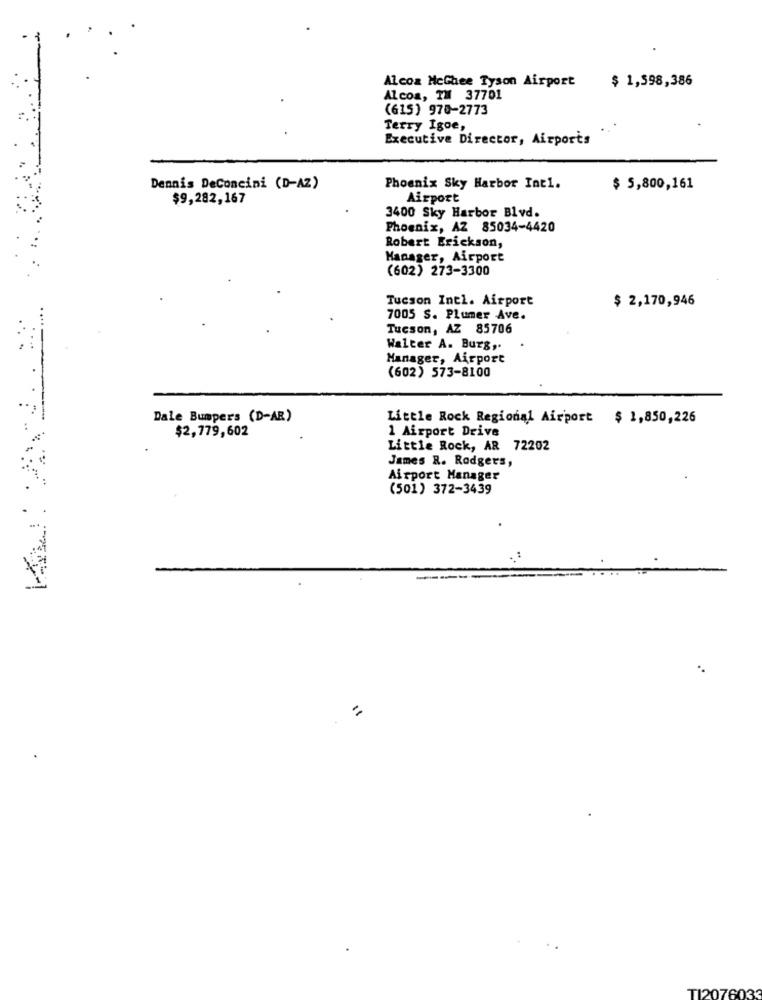
Alcoa MeGhee Tyson Airport
$ 1,598,386
Alcoa, TH 37701
(615) 970-2773
Terry Igoe,
Executive Director, Airports
Dennis DeConcini (D-AZ)
Phoenix Sky Harbor Int1.
$ 5,800,161
$9,282,167
Airport
3400 Sky Harbor Blvd.
Phoenix, AZ 85034-4420
Robert Erickson,
Manager, Airport
(602) 273-3300
Tucson Intl. Airport
$ 2,170,946
7005 S. Plumer Ave.
Tucson, AZ 85706
Walter A. Burg ,.
Manager, Airport
(602) 573-8100
Dale Bumpers (D-AR)
Little Rock Regional Airport $ 1,850,226
$2,779,602
1 Airport Drive
Little Rock, AR 72202
James R. Rodgers,
Airport Manager
(501) 372-3439
TI2076033